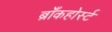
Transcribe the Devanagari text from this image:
ब्राँकहोर्स्ट